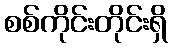
စစ်ကိုင်းတိုင်းရှိ